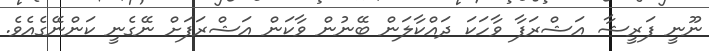
ނޫނީ ފަރީޝާ އަޝްރަފާ ވާހަކަ ދައްކާލަން ބޭނުން ވާކަން އަޝްރަފަށް ނޭގެނީ ކަންނޭގެއެވެ.